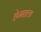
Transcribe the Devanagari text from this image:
हेमतला